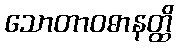
သောတာဝဓာနတ္ထိ